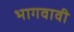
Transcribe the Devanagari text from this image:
भागवावी